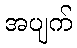
အပျက်